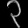
Digit: ၃